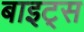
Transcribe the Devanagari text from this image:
बाइट्‌स